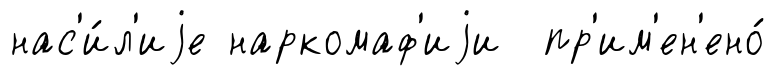
нас'и́л'иjе наркомаф'иjи пр'им'ен'ено́